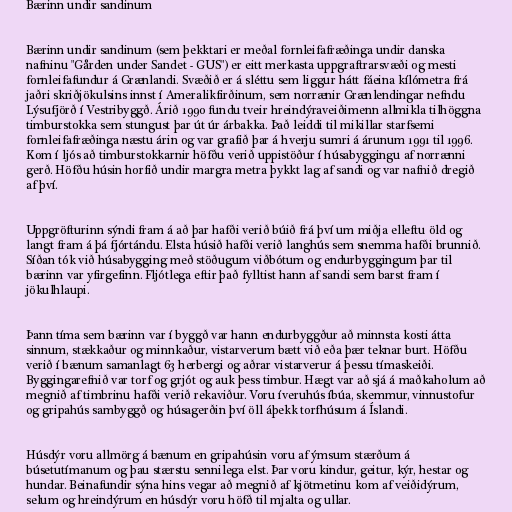
Bærinn undir sandinum

Bærinn undir sandinum (sem þekktari er meðal fornleifafræðinga undir danska
nafninu "Gården under Sandet - GUS") er eitt merkasta uppgraftrarsvæði og mesti
fornleifafundur á Grænlandi. Svæðið er á sléttu sem liggur hátt fáeina kílómetra frá
jaðri skriðjökulsins innst í Ameralikfirðinum, sem norrænir Grænlendingar nefndu
Lýsufjörð í Vestribyggð. Árið 1990 fundu tveir hreindýraveiðimenn allmikla tilhöggna
timburstokka sem stungust þar út úr árbakka. Það leiddi til mikillar starfsemi
fornleifafræðinga næstu árin og var grafið þar á hverju sumri á árunum 1991 til 1996.
Kom í ljós að timburstokkarnir höfðu verið uppistöður í húsabyggingu af norrænni
gerð. Höfðu húsin horfið undir margra metra þykkt lag af sandi og var nafnið dregið
af því.

Uppgröfturinn sýndi fram á að þar hafði verið búið frá því um miðja elleftu öld og
langt fram á þá fjórtándu. Elsta húsið hafði verið langhús sem snemma hafði brunnið.
Síðan tók við húsabygging með stöðugum viðbótum og endurbyggingum þar til
bærinn var yfirgefinn. Fljótlega eftir það fylltist hann af sandi sem barst fram í
jökulhlaupi.

Þann tíma sem bærinn var í byggð var hann endurbyggður að minnsta kosti átta
sinnum, stækkaður og minnkaður, vistarverum bætt við eða þær teknar burt. Höfðu
verið í bænum samanlagt 63 herbergi og aðrar vistarverur á þessu tímaskeiði.
Byggingarefnið var torf og grjót og auk þess timbur. Hægt var að sjá á maðkaholum að
megnið af timbrinu hafði verið rekaviður. Voru íveruhús íbúa, skemmur, vinnustofur
og gripahús sambyggð og húsagerðin því öll áþekk torfhúsum á Íslandi.

Húsdýr voru allmörg á bænum en gripahúsin voru af ýmsum stærðum á
búsetutímanum og þau stærstu sennilega elst. Þar voru kindur, geitur, kýr, hestar og
hundar. Beinafundir sýna hins vegar að megnið af kjötmetinu kom af veiðidýrum,
selum og hreindýrum en húsdýr voru höfð til mjalta og ullar.